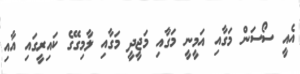
އެއީ ސޯސަން މަގާއި އަމީނީ މަގާއި މަޖީދީ މަގާއި ލާމިގޭގެ ކައިރީގައި އާއި